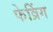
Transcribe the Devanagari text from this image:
फेव्रिंग